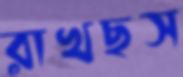
রাখছস